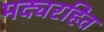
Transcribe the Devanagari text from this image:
मद्यरहित